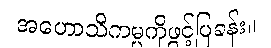
အဟောသိကမ္မကိုဖွင့်ပြခန်း။